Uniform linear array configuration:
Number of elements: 32
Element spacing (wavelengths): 1
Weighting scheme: uniform
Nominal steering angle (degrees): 45
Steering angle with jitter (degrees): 44.265
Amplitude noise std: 0.05
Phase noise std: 0.05

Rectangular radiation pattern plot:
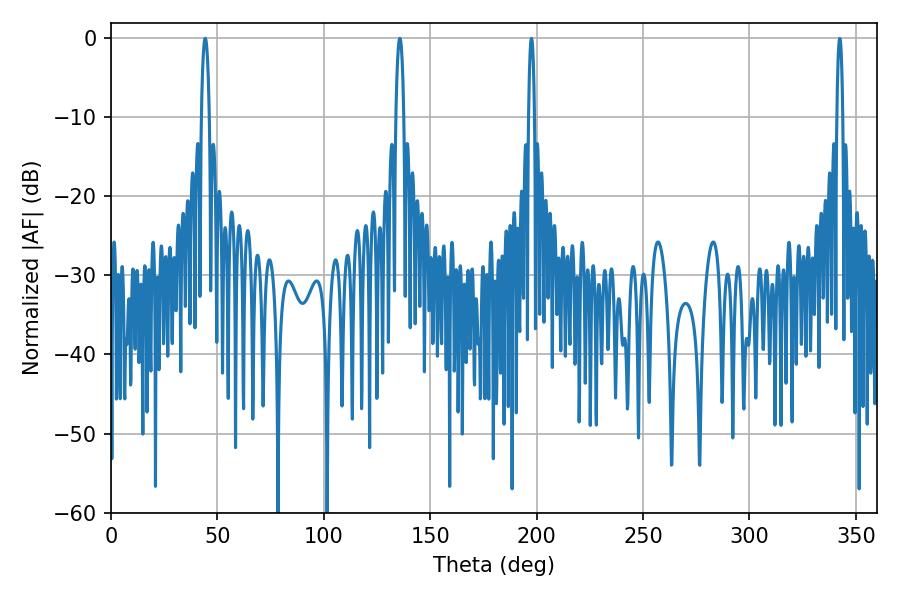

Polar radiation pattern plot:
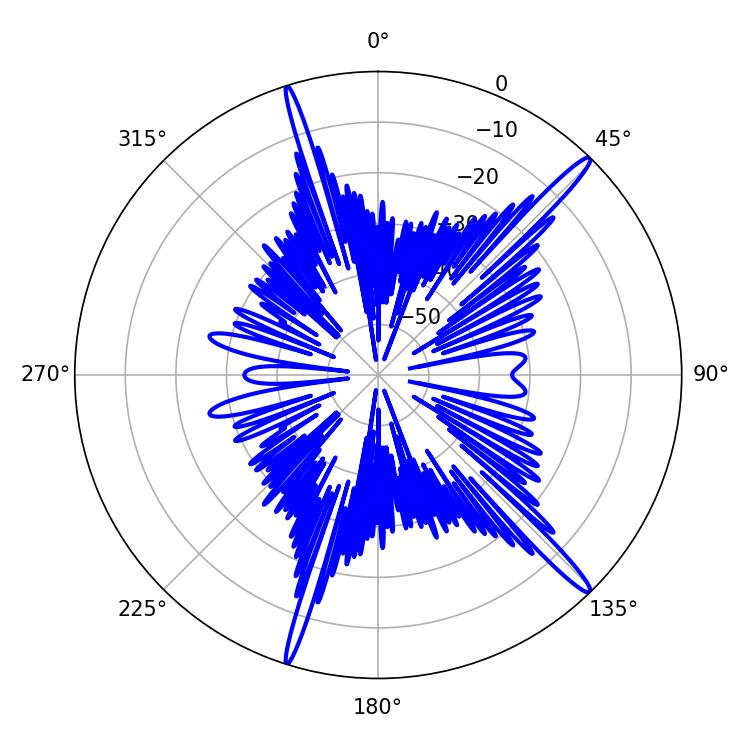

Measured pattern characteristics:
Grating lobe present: TRUE
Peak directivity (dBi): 16.931
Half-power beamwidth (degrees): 2.16
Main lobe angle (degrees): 44.28